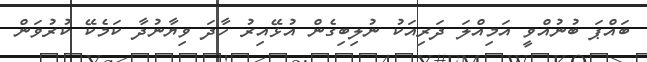
ބައްޕަ ބުނުއްވީ އަމިއްލަ ދަރިއަކު ނުލިބިގެން އުޅޭއިރު ހާދަ ވިޔާނުދާ ކަމެކޭ ކުރުވަން